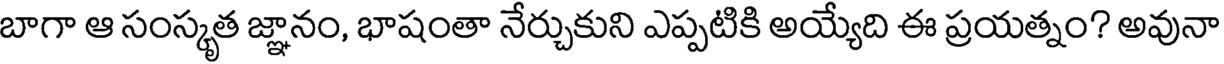
బాగా ఆ సంస్కృత జ్ఞానం, భాషంతా నేర్చుకుని ఎప్పటికి అయ్యేది ఈ ప్రయత్నం? అవునా